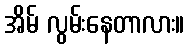
အိမ် လွမ်းနေတာလား။